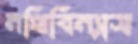
নথিবিন্যাস